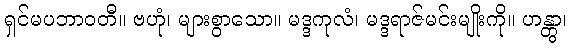
ရှင်မပဘာဝတီ။ ဗဟုံ၊ များစွာသော။ မဒ္ဒကုလံ၊ မဒ္ဒရာဇ်မင်းမျိုးကို။ ဟန္တွာ၊